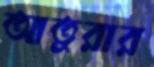
আতুরার